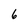
Character: 6